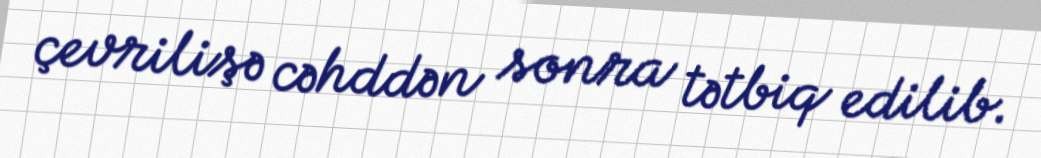
çevrilişə cəhddən sonra tətbiq edilib.